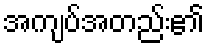
အကျပ်အတည်း၏